Source: Computer-generated
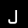
Digit: ၂ (2)